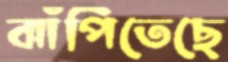
ঝাঁপিতেছে